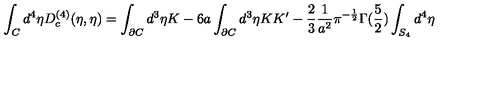
\int _ { C } { d ^ { 4 } } { \eta } D _ { c } ^ { ( 4 ) } ( \eta , { \eta } ) = \int _ { \partial C } d ^ { 3 } \eta K - 6 a \int _ { \partial C } d ^ { 3 } \eta K K ^ { \prime } - \frac { 2 } { 3 } \frac { 1 } { a ^ { 2 } } \pi ^ { - \frac { 1 } { 2 } } \Gamma ( \frac { 5 } { 2 } ) \int _ { S _ { 4 } } d ^ { 4 } \eta